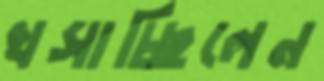
খসাচ্ছিলেন